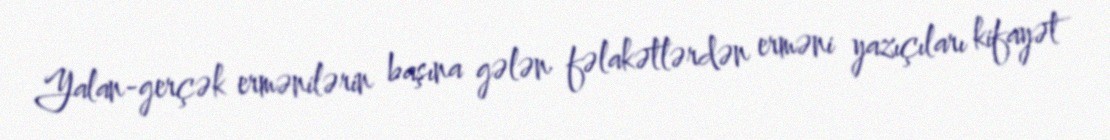
Yalan-gerçək ermənilərin başına gələn fəlakətlərdən erməni yazıçıları kifayət